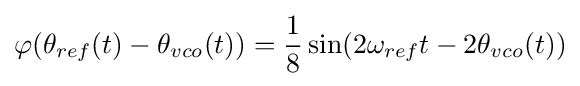
\varphi (\theta _{ref}(t)-\theta _{vco}(t))={\frac {1}{8}}\sin(2\omega _{ref}t-2\theta _{vco}(t))